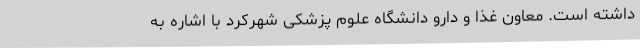
داشته است. معاون غذا و دارو دانشگاه علوم پزشکی شهرکرد با اشاره به